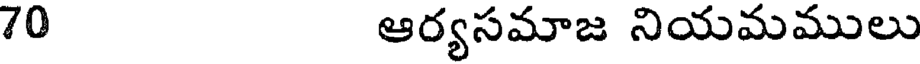
70 ఆర్యసమాజ నియమములు